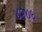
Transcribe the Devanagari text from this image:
४२८६